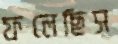
ফলেছিস